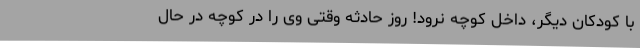
با کودکان دیگر، داخل کوچه نرود! روز حادثه وقتی وی را در کوچه در حال